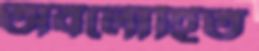
অবলোহিত